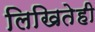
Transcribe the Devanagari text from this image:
लिखितेही